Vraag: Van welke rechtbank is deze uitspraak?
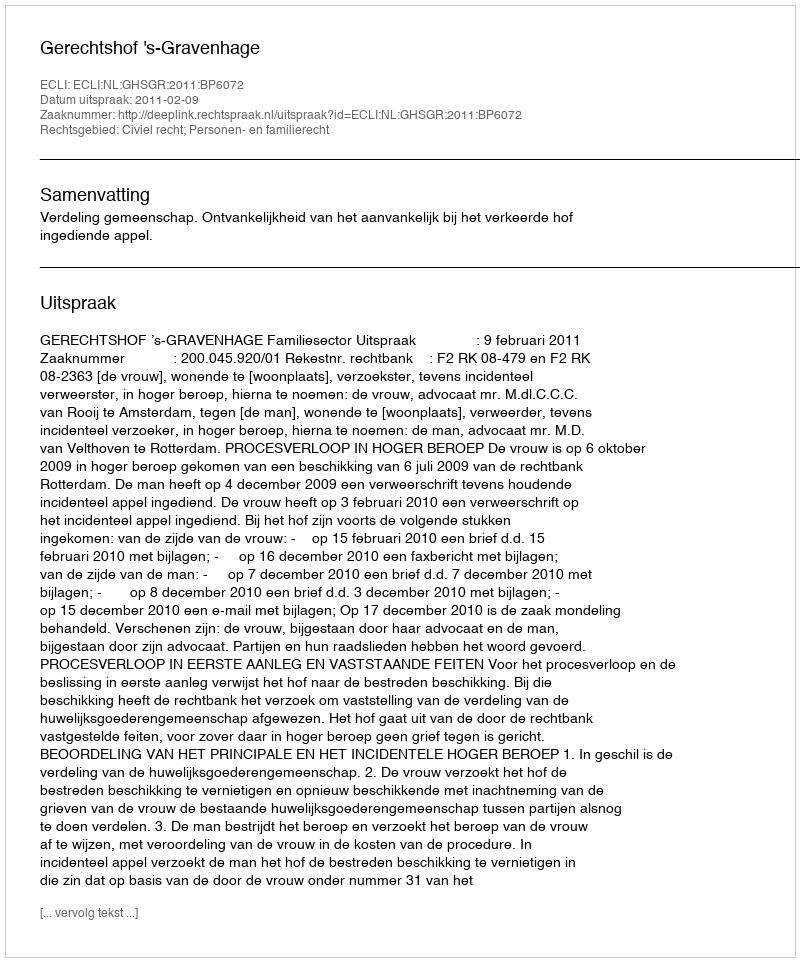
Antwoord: Gerechtshof 's-Gravenhage